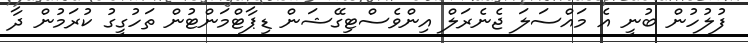
ފުލުހުން ބުނީ އެ މައްސަލަ ޖެނެރަލް އިންވެސްޓިގޭޝަން ޑިޕާޓްމަންޓުން ތަހުގީގު ކުރަމުން ދާ